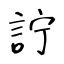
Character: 詝